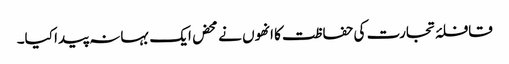
قافلۂ تجارت کی حفاظت کا انھوں نے محض ایک بہانہ پیدا کیا۔